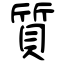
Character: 質